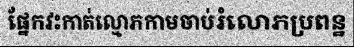
ផ្នែកវះកាត់ល្មោភកាមចាប់រំលោភប្រពន្ឋ